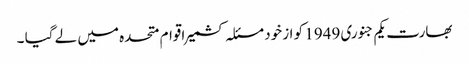
بھارت یکم جنوری 1949 کو از خود مسئلہ کشمیر اقوام متحدہ میں لے گیا ۔